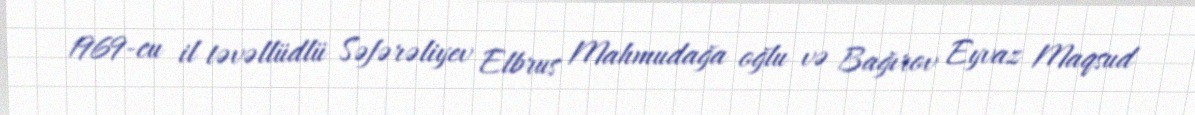
1969-cu il təvəllüdlü Səfərəliyev Elbrus Mahmudağa oğlu və Bağırov Eyvaz Maqsud